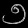
Digit: ၅